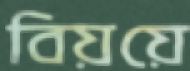
বিয়য়ে